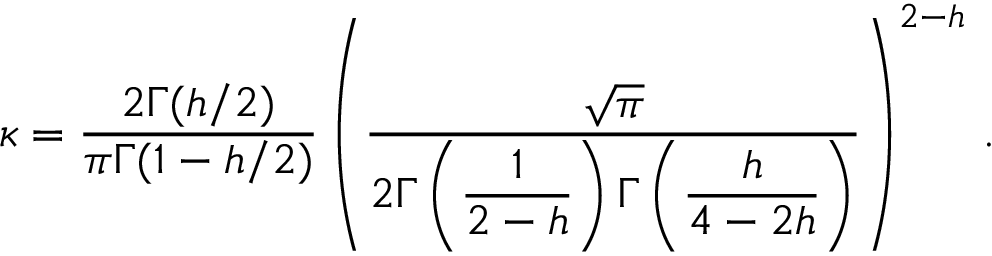
\kappa = \displaystyle \frac { 2 \Gamma ( h / 2 ) } { \pi \Gamma ( 1 - h / 2 ) } \left( \displaystyle \frac { \sqrt { \pi } } { 2 \Gamma \left( \displaystyle \frac { 1 } { 2 - h } \right) \Gamma \left( \displaystyle \frac { h } { 4 - 2 h } \right) } \right) ^ { 2 - h } \, .